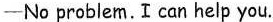
——No problem.I can help you.